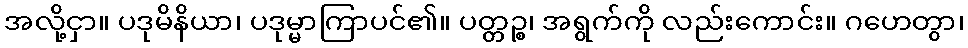
အလို့ငှာ။ ပဒုမိနိယာ၊ ပဒုမ္မာကြာပင်၏။ ပတ္တဉ္စ၊ အရွက်ကို လည်းကောင်း။ ဂဟေတွာ၊